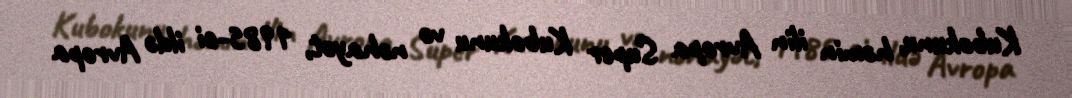
Kubokunu, həmin ilin Avropa Super Kubokunu və nəhayət, 1985-ci ildə Avropa